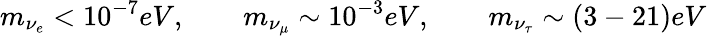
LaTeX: m_{\nu_{e}}<10^{-7}eV,\qquad m_{\nu_{\mu}}\sim 10^{-3}eV,\qquad m_{\nu_{\tau}}\sim(3-21)eV